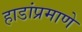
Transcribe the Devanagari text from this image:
हाडांप्रमाणे